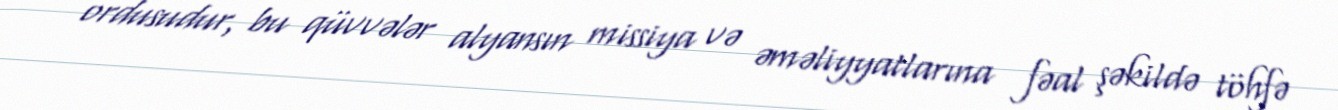
ordusudur, bu qüvvələr alyansın missiya və əməliyyatlarına fəal şəkildə töhfə